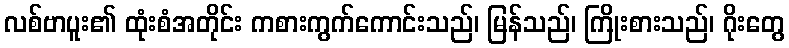
လစ်ဗာပူး၏ ထုံးစံအတိုင်း ကစားကွက်ကောင်းသည်၊ မြန်သည်၊ ကြိုးစားသည်၊ ဂိုးတွေ